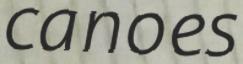
canoes